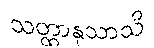
သတ္ထာနုသာသိ